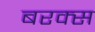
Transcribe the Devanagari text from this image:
बरक्‍स